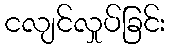
ငလျင်လှုပ်ခြင်း